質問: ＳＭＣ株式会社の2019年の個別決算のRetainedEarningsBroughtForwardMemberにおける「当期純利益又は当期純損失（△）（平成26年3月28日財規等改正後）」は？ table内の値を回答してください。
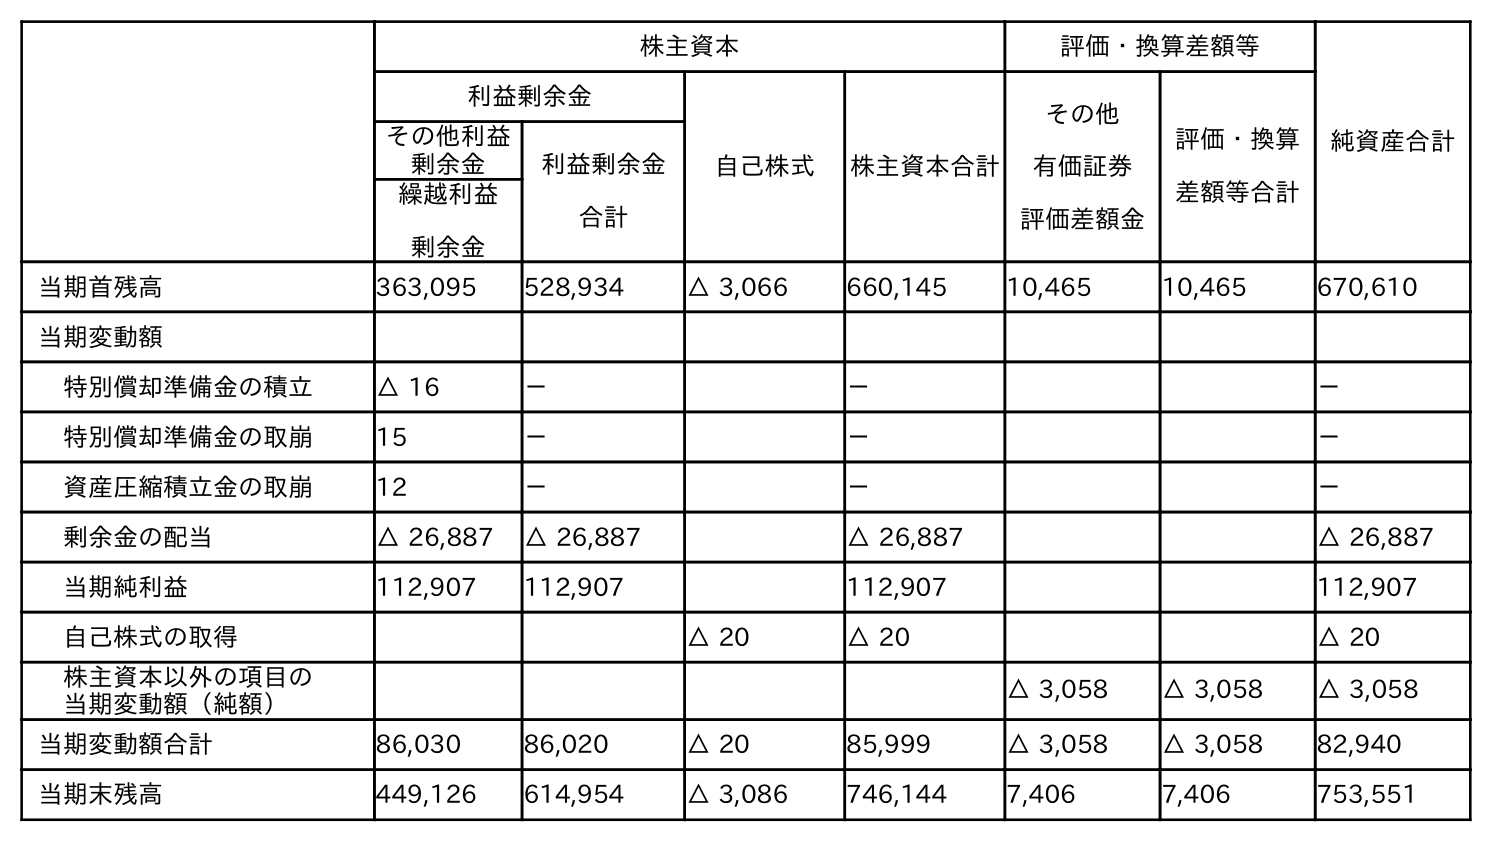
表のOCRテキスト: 株主資本 評価・換算差額等 純資産合計 利益剰余金 自己株式 株主資本合計 その他 有価証券 評価差額金 評価・換算 差額等合計 その他利益 剰余金 利益剰余金 合計 繰越利益 剰余金 当期首残高 363,095 528,934 △ 3,066 660,145 10,465 10,465 670,610 当期変動額 特別償却準備金の積立 △ 16 － － － 特別償却準備金の取崩 15 － － － 資産圧縮積立金の取崩 12 － － － 剰余金の配当 △ 26,887 △ 26,887 △ 26,887 △ 26,887 当期純利益 112,907 112,907 112,907 112,907 自己株式の取得 △ 20 △ 20 △ 20 株主資本以外の項目の 当期変動額（純額） △ 3,058 △ 3,058 △ 3,058 当期変動額合計 86,030 86,020 △ 20 85,999 △ 3,058 △ 3,058 82,940 当期末残高 449,126 614,954 △ 3,086 746,144 7,406 7,406 753,551
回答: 112,907